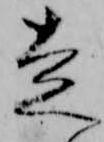
走